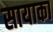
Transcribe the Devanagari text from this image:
सायाका